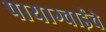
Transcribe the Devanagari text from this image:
पायाग्वाईचे